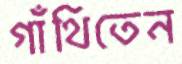
গাঁথিতেন